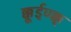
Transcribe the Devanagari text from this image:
क्कूईण्क्क्